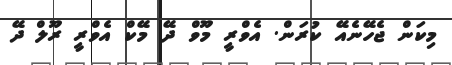
މިކަން ޖެހޭނެއޭ ކުރަން. އެވްރީ މޫވް ދޭ މޭކް އެވްރީ ރޫލް ދޭ